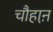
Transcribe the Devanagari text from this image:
चौहाऩ़